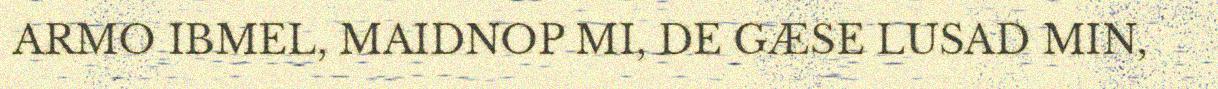
ARMO IBMEL, MAIDNOP MI, DE GÆSE LUSAD MIN,